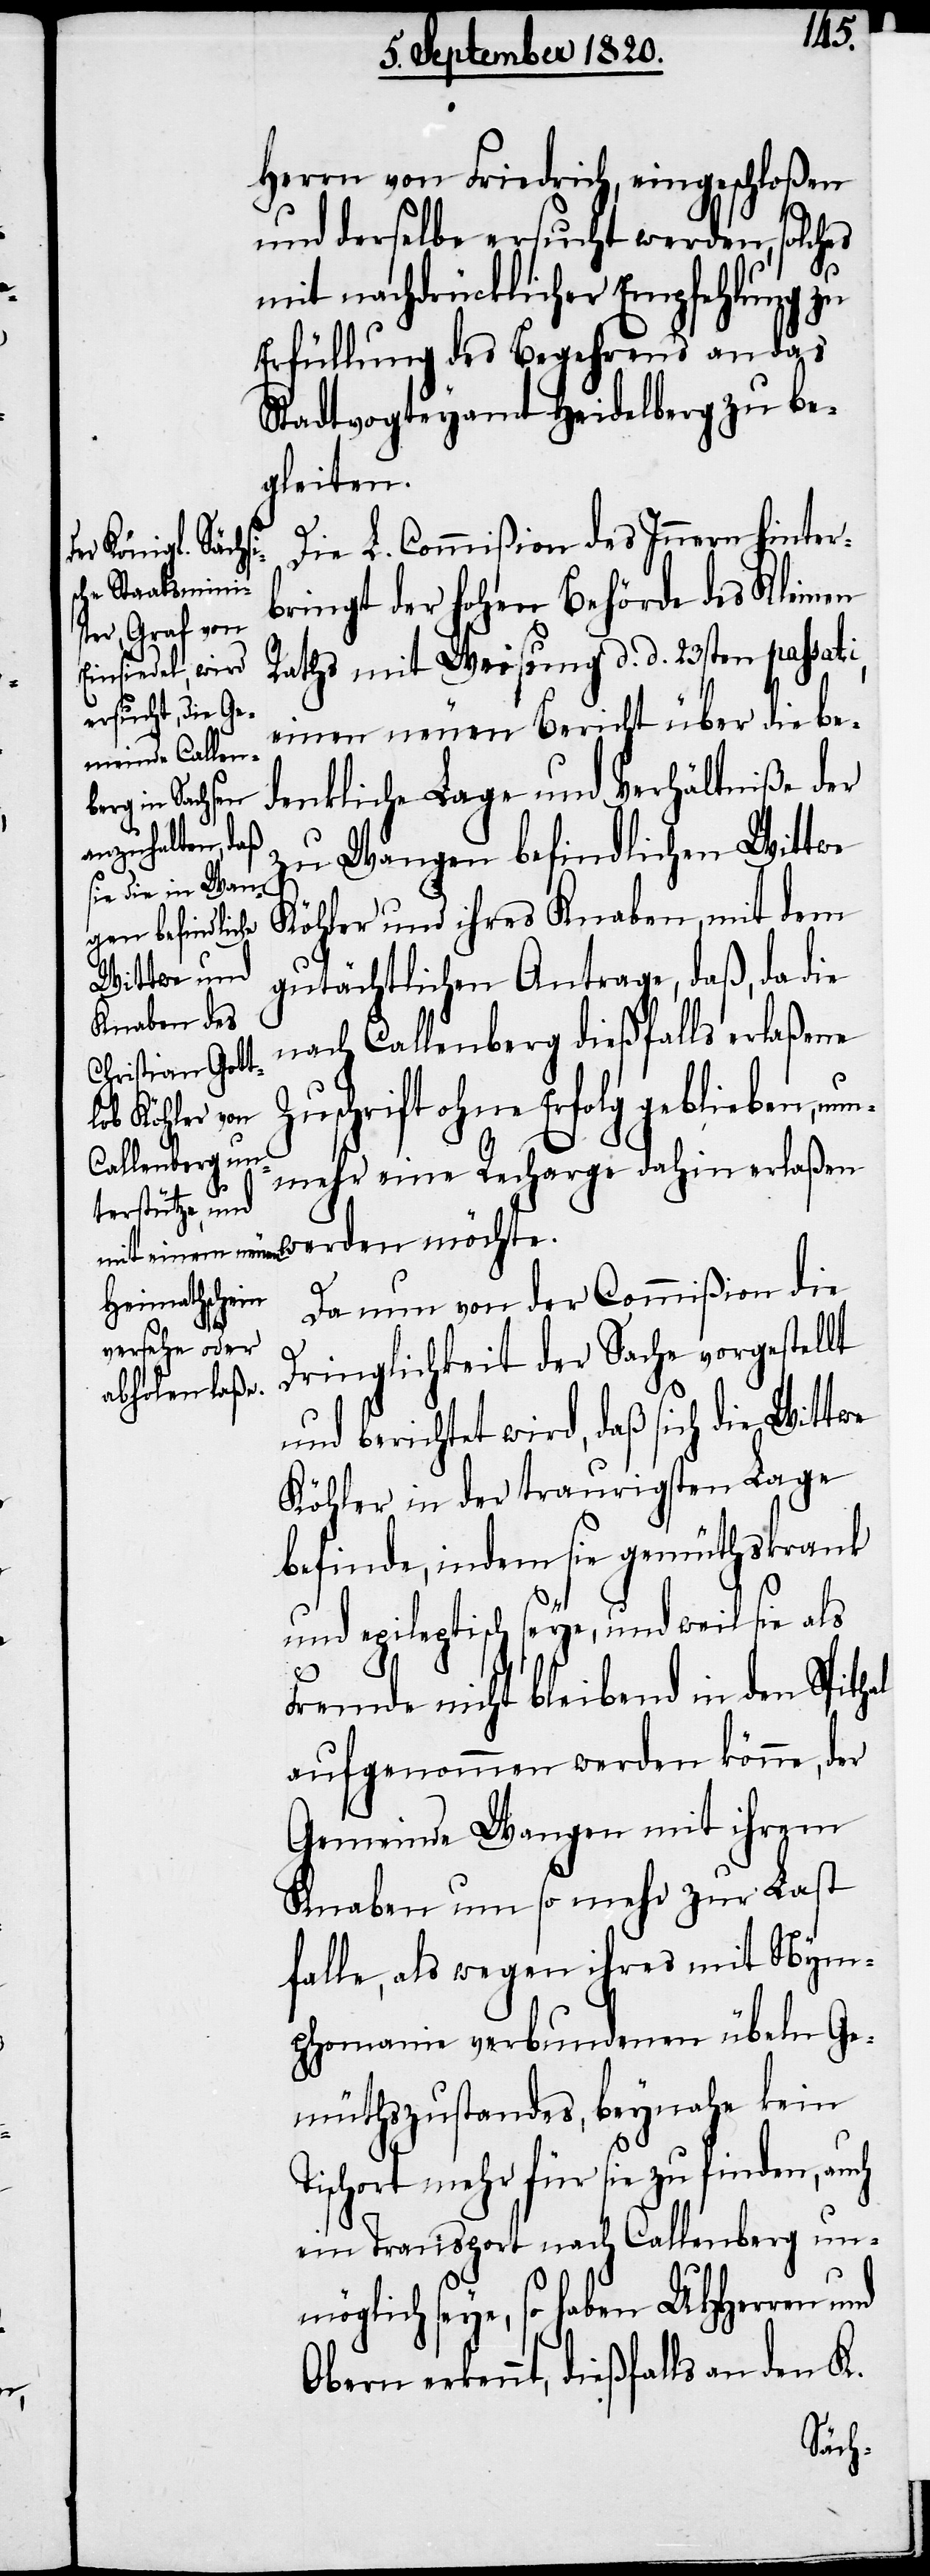
Herrn von Friedrich, eingeschloßen
und derselbe ersucht werden, solches
mit nachdrücklicher Empfehlung zu
Erfüllung des Begehrens an das
Stadtvogteyamt Heidelberg zu be¬
gleiten.
Die L. Commißion des Innern hinter¬
bringt der hohen Behörde des Kleinen
Raths mit Weisung d. d. 23sten passati,
einen neuen Bericht über die be¬
denkliche Lage und Verhältniße der
werden möchte.
zu Wangen befindlichen Wittwe
Köhler und ihres Knaben mit dem
gutächtlichen Antrage, daß, da die
nach Callenberg dießfalls erlaßene
Zuschrift ohne Erfolg geblieben, nun¬
mehr eine Recharge dahin erlaßen
Da nun von der Commißion die
Dringlichkeit der Sache vorgestellt
und berichtet wird, daß sich die Wittwe
Köhler in der traurigsten Lage
befinde, indem sie gemüthskrank
und epileptisch seye, und weil sie als
Fremde nicht bleibend in dem
aufgenommen werden könne, der
Gemeinde Wangen mit ihrem
Knaben und so mehr zur Last
falle, als wegen ihres mit Nym¬
phomanie verbundenen übeln Ge¬
müthszustandes, beynahe kein
Tischort mehr für sie zu finden, auch
ein Transport nach Callenberg unm¬
öglich seye, so haben UHHerren und
erkennt, dießfalls an den K.